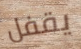
يقفل